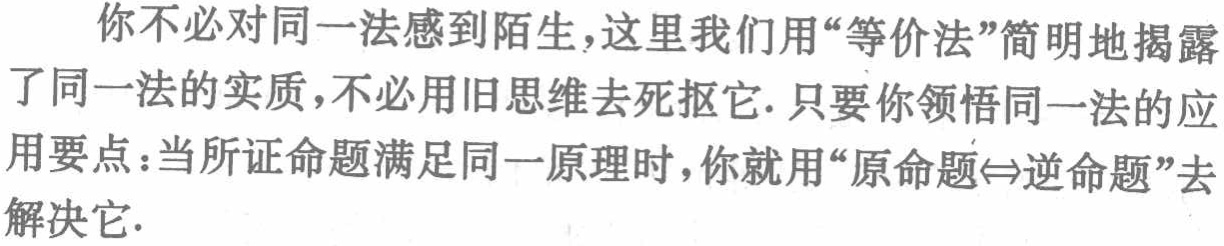
你不必对同一法感到陌生,这里我们用“等价法”简明地揭露了同一法的实质,不必用旧思维去死抠它. 只要你领悟同一法的应用要点：当所证命题满足同一原理时，你就用“原命题$\Leftrightarrow$逆命题”去解决它.